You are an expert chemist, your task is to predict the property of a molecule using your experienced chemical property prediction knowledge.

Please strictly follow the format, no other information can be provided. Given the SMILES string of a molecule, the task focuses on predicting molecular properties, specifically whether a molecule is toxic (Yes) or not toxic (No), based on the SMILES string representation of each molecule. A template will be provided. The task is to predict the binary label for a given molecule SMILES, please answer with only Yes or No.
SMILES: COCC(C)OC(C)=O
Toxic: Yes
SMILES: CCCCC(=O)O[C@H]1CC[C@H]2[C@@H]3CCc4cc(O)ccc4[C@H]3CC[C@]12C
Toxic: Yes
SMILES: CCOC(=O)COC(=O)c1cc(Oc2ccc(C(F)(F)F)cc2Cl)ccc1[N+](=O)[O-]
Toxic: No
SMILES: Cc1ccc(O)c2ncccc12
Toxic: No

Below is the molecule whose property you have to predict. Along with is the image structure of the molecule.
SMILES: CC(C)c1ccc(NC(=O)N(C)C)cc1
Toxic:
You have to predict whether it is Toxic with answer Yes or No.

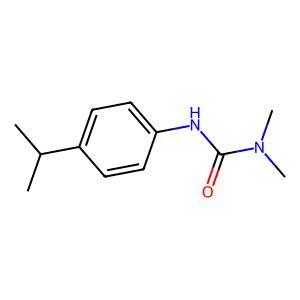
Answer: No